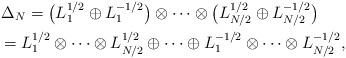
LaTeX: \begin{gather*}\Delta_N= \big(L_1^{1/2}\oplus L_1^{-1/2}\big)\otimes\cdots \otimes\big(L_{N/2}^{1/2}\oplus L_{N/2}^{-1/2}\big)\\\hphantom{\Delta_N}{} = L_1^{1/2}\otimes\cdots\otimes L_{N/2}^{1/2}\oplus\cdots\oplus L_1^{-1/2}\otimes\cdots\otimes L_{N/2}^{-1/2},\end{gather*}